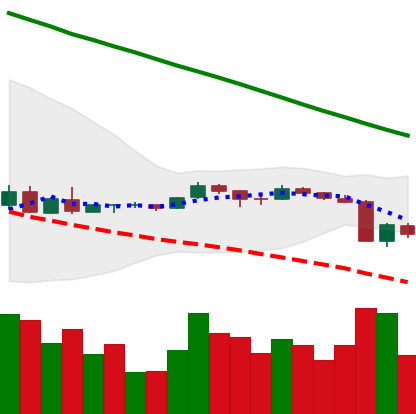
Ticker: XRP-USD
Chart end date: 2018-09-07
Forward return: -7.325%
Label: down_7plus